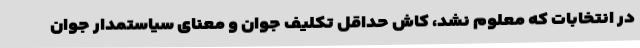
در انتخابات که معلوم نشد، کاش حداقل تکلیف جوان و معنای سیاستمدار جوان